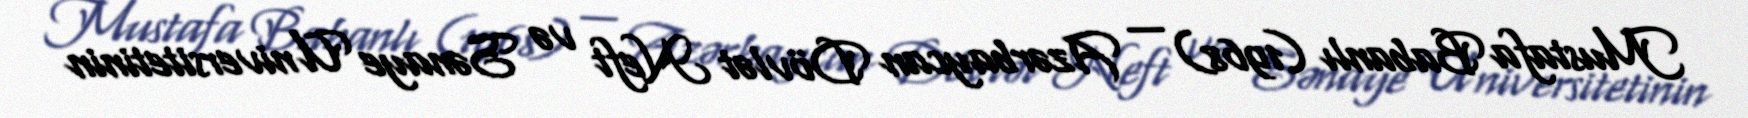
Mustafa Babanlı (1968) — Azərbaycan Dövlət Neft və Sənaye Universitetinin